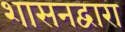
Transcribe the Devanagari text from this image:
शासनद्वारा